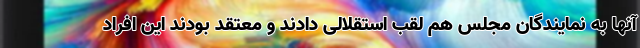
آنها به نمایندگان مجلس هم لقب استقلالی دادند و معتقد بودند این افراد